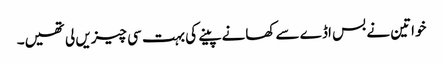
خواتین نے بس اڈے سے کھانے پینے کی بہت سی چیزیں لی تھیں۔